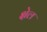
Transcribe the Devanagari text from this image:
क्षेल